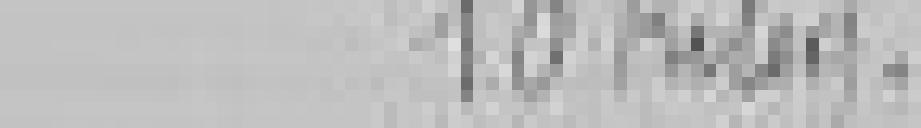
10 kilogrammes